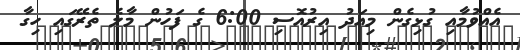
އެއްވުމާއި ގުޅިގެން މިއަދު އިރުއޮސި 6:00 ގެ ފަހުން މާލެ ތެރޭގައި ހިގާ